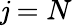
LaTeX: \mathit{j}=N